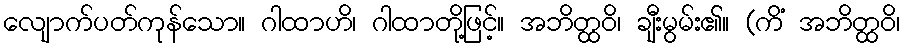
လျောက်ပတ်ကုန်သော။ ဂါထာဟိ၊ ဂါထာတို့ဖြင့်။ အဘိတ္ထဝိ၊ ချီးမွမ်း၏။ (ကိံ အဘိတ္ထဝိ၊